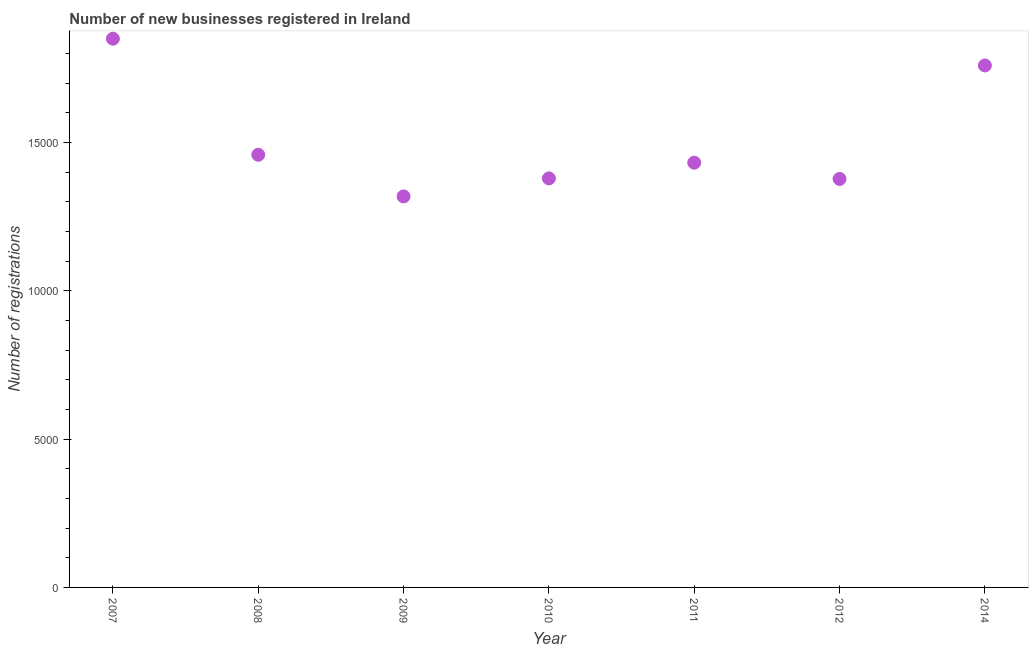
| Year | New businesses |
 | --- | --- |
 | 2007 | 1.85e+04 |
 | 2008 | 1.46e+04 |
 | 2009 | 1.32e+04 |
 | 2010 | 1.38e+04 |
 | 2011 | 1.43e+04 |
 | 2012 | 1.38e+04 |
 | 2014 | 1.76e+04 |